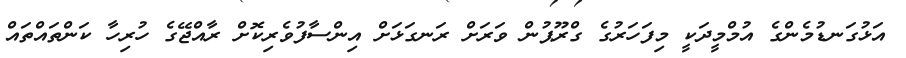
އަޅުގަނޑުމެންގެ އުމްމީދަކީ މިފަހަރުގެ ގްރޫޕުން ވަރަށް ރަނގަޅަށް އިންސާފުވެރިކޮށް ރާއްޖޭގެ ހުރިހާ ކަންތައްތައް